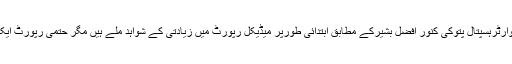
ایم ایس تحصیل ہیڈکوارٹرہسپتال پتوکی کنور افضل بشیرکے مطابق ابتدائی طورپر میڈیکل رپورٹ میں زیادتی کے شواہد ملے ہیں مگر حتمی رپورٹ ایک ہفتے بعد آئے گی۔